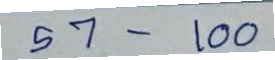
57 - 100